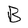
Character: B